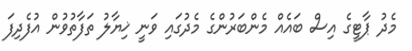
މެދު ޕާޓީގެ އިސް ބައެެއް މެންބަރުންގެ މެދުގައި ވަނީ ޚިޔާލު ތަފާތުވުން އުފެދިފަ